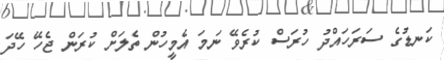
ކަނޑުގެ ސަރަހައްދު ހުރަސް ކުރެވޭ ނަމަ އެމީހުން ތެލަށް ކުރަން ޖެހޭ ހޭދަ